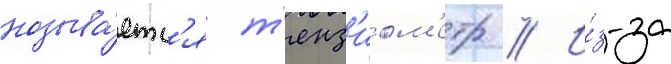
называ́етс'я т'енз'иом'етр // И́з-за